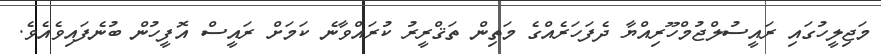
މަޖިލީހުގައި ރައީސުލްޖުމްހޫރިއްޔާ ދެފަހަރެއްގެ މަތިން ތަޤްރީރު ކުރައްވާނެ ކަމަށް ރައީސް އޮފީހުން ބުނެފައިވެއެވެ.